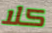
كلا